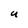
Character: U